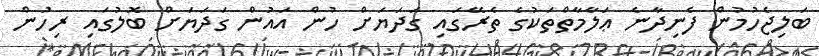
ބަލިޖެހުމުން ފެނިދާނެ ޢަލާމާތްތަކުގެ ތެރޭގައި ގަދަޔަށް ހުން އައުން ގަދަޔަށް ބޮލުގައި ރިހުން